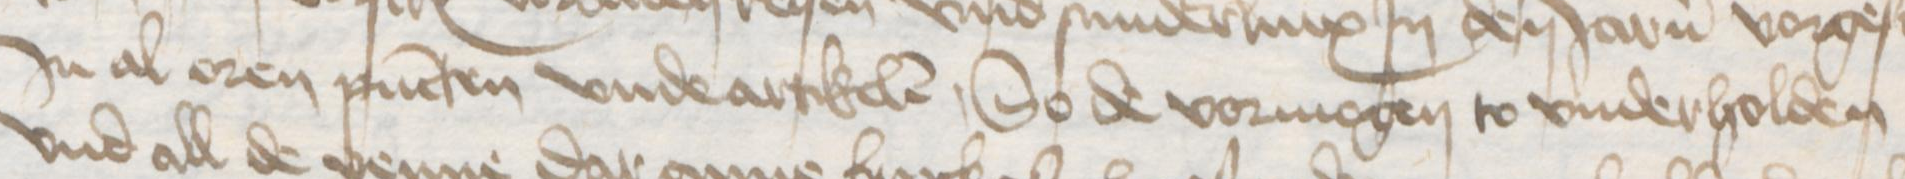
Transcription: Jn al oren pucten vnde artikelen, So de vormogen to vnderholden